Civil Veterinary Department Bihar & Orissa reports 1929-36 - 1929-1936
Year: 1929
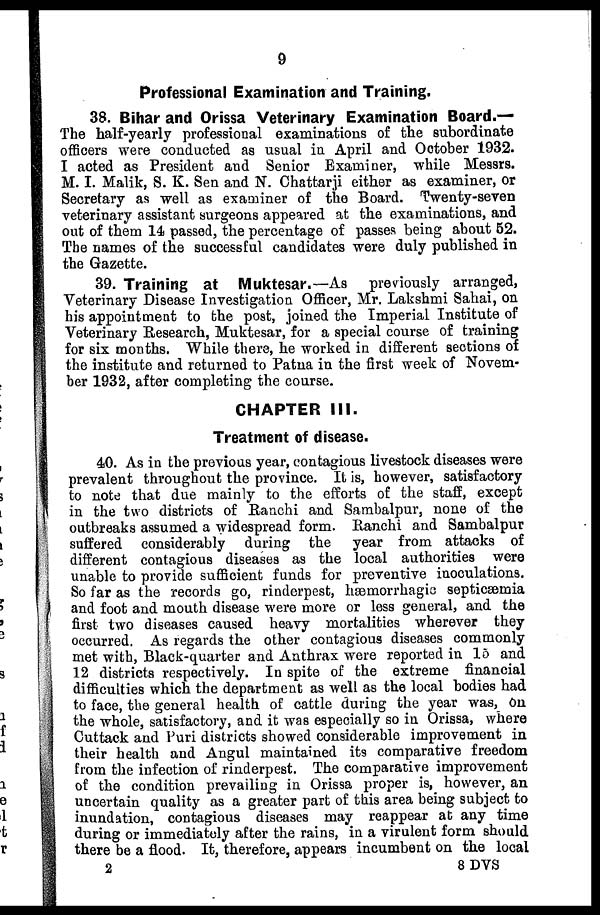
9
Professional Examination and Training.
38. Bihar and Orissa Veterinary Examination Board.—
The half-yearly professional examinations of the subordinate
officers were conducted as usual in April and October 1932.
I acted as President and Senior Examiner, while Messrs.
M. I. Malik, S. K. Sen and N. Chattarji either as examiner, or
Secretary as well as examiner of the Board. Twenty-seven
veterinary assistant surgeons appeared at the examinations, and
out of them 14 passed, the percentage of passes being about B2.
The names of the successful candidates were duly published in
the Gazette.
39. Training at Muktesar.—As
previously arranged,
Veterinary Disease Investigation Officer, Mr. Lakshmi Sahai, on
his appointment to the post, joined the Imperial Institute of
Veterinary Research, Muktesar, for a special course of training
for six months. While there, he worked in different sections of
the institute and returned to Patna in the first week of Novem-
ber 1932, after completing the course.
CHAPTER III.
Treatment of disease.
40. As in the previous year, contagious livestock diseases were
prevalent throughout the province. It is, however, satisfactory
to note that due mainly to the efforts of the staff, except
in the two districts of Ranchi and Sambalpur, none of the
outbreaks assumed a widespread form. Ranchi and Sambalpur
suffered considerably during the year from attacks of
different contagious diseases as the local authorities were
unable to provide sufficient funds for preventive inoculations.
So far as the records go, rinderpest, hæmorrhagic septicæmia
and foot and mouth disease were more or less general, and the
first two diseases caused heavy mortalities wherever they
occurred. As regards the other contagious diseases commonly
met with, Black-quarter and Anthrax were reported in 15 and
12 districts respectively. In spite of the extreme
financial
difficulties which the department as well as the local bodies had
to face, the general health of cattle during the year was, On
the whole, satisfactory, and it was especially so in Orissa, where
Cuttack and Puri districts showed considerable improvement in
their health and Angul maintained its comparative freedom
from the infection of rinderpest. The comparative improvement
of the condition prevailing in Orissa proper is, however, an
uncertain quality as a greater part of this area being subject to
inundation, contagious diseases may reappear at any time
during or immediately after the rains, in a virulent form should
there be a flood. It, therefore, appears incumbent on the local
2
8 DVS